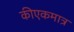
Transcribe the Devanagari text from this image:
कीएकमात्र